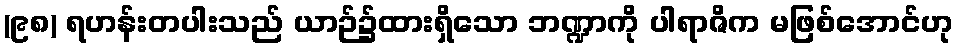
(၉၈) ရဟန်းတပါးသည် ယာဉ်၌ထားရှိသော ဘဏ္ဍာကို ပါရာဇိက မဖြစ်အောင်ဟု